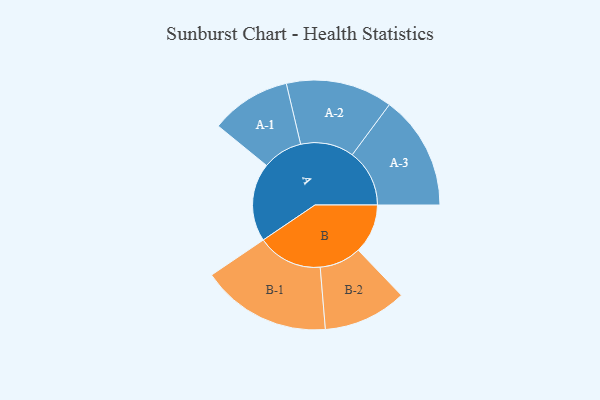
{"axis": {"x": "Segment", "y": "Value"}, "legend": ["", "A", "B"], "data": [{"x": "A", "y": 344, "type": ""}, {"x": "B", "y": 217, "type": ""}, {"x": "A-1", "y": 176, "type": "A"}, {"x": "A-2", "y": 234, "type": "A"}, {"x": "A-3", "y": 251, "type": "A"}, {"x": "B-1", "y": 285, "type": "B"}, {"x": "B-2", "y": 183, "type": "B"}]}